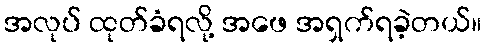
အလုပ် ထုတ်ခံရလို့ အဖေ အရှက်ရခဲ့တယ်။